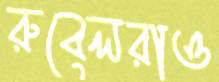
রুবেলরাও